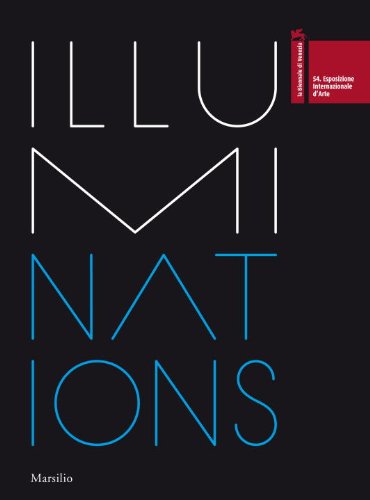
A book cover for ILLUMInations: 54th International Art Exhibition La Biennale Di Venezia; Arts & Photography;